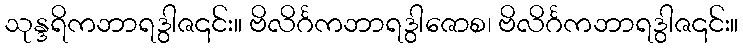
သုန္ဒရိကဘာရဒွါဇ၎င်း။ ဗိလိင်္ဂကဘာရဒွါဇောစ၊ ဗိလိင်္ဂကဘာရဒွါဇ၎င်း။